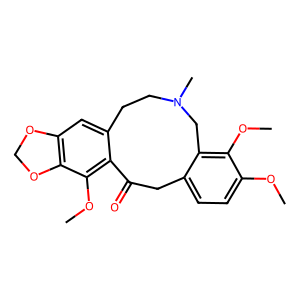
SMILES: COc1ccc2c(c1OC)CN(C)CCc1cc3c(c(OC)c1C(=O)C2)OCO3
Inhibits HIV replication: No